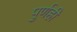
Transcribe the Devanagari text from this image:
पुर्णही